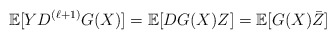
\begin{align*}\mathbb{E}[YD^{(\ell+1)}G(X)]=\mathbb{E}[DG(X)Z]=\mathbb{E}[G(X)\bar{Z}]\end{align*}